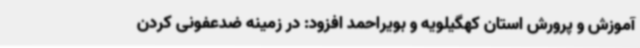
آموزش و پرورش استان کهگیلویه و بویراحمد افزود: در زمینه ضدعفونی کردن